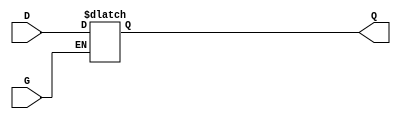
module level_sensitive_gated_latch (
    input wire D,      // Data Input
    input wire G,      // Enable Signal
    output reg Q       // Output
);

// Always block that is sensitive to the enable signal G
always @ (G or D) begin
    if (G) begin
        Q <= D;       // When G is HIGH, Q follows D
    end
    // When G is LOW, Q retains its previous value
end

endmodule